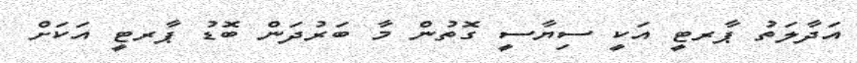
އަދާލަތު ޕާރޓީ އަކީ ސިޔާސީ ގޮތުން މާ ބަރުދަން ބޮޑު ޕާރޓީ އަކަށް